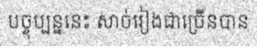
បច្ចុប្បន្ននេះ សាច់រៀងជាច្រើនបាន